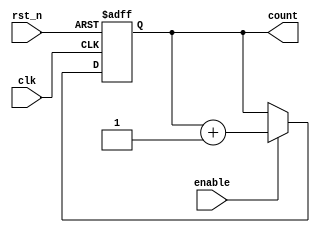
module AsyncCounter #(parameter N = 4) (
    input wire clk,                 // Clock input
    input wire rst_n,              // Active-low asynchronous reset
    input wire enable,             // Enable input for counting
    output reg [N-1:0] count       // Current count value
);

// On reset, set count to 0; otherwise update count on clock edge
always @(posedge clk or negedge rst_n) begin
    if (!rst_n) begin
        count <= 0;               // Reset count to 0
    end else if (enable) begin
        count <= count + 1;       // Increment count
    end
end

endmodule